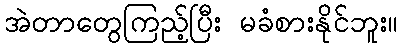
အဲတာတွေကြည့်ပြီး မခံစားနိုင်ဘူး။